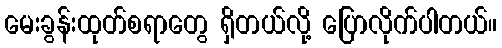
မေးခွန်းထုတ်စရာတွေ ရှိတယ်လို့ ပြောလိုက်ပါတယ်။